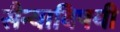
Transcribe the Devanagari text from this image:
सैन्याविषयी